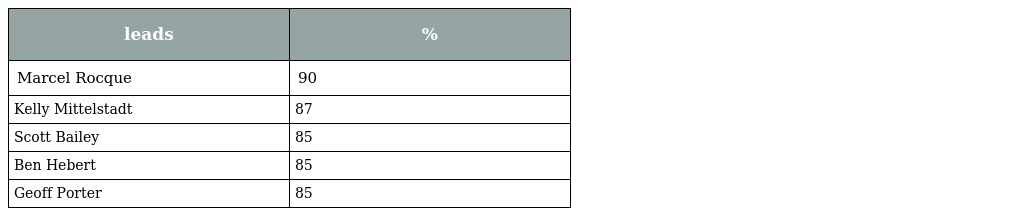
| leads | % |
 | --- | --- |
 | Marcel Rocque | 90 |
 | Kelly Mittelstadt | 87 |
 | Scott Bailey | 85 |
 | Ben Hebert | 85 |
 | Geoff Porter | 85 |